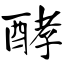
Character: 酵